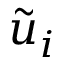
\Tilde { u } _ { i }